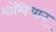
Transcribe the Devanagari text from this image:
शाॅम्बिधान्